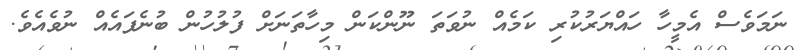
ނަމަވެސް އެމީހާ ހައްޔަރުކުރި ކަމެއް ނުވަތަ ނޫންކަން މިހާތަނަށް ފުލުހުން ބުނެފައެއް ނުވެއެވެ.